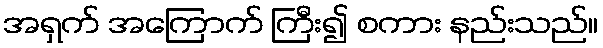
အရှက် အကြောက် ကြီး၍ စကား နည်းသည်။